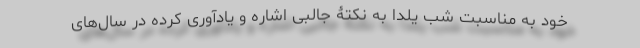
خود به مناسبت شب یلدا به نکتۀ جالبی اشاره و یادآوری کرده در سال‌های